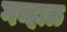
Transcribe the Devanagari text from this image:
गव्हाळ